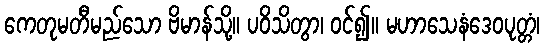
ကေတုမတီမည်သော ဗိမာန်သို့။ ပဝိသိတွာ၊ ဝင်၍။ မဟာသေနံဒေဝပုတ္တံ၊